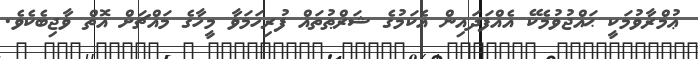
ޢުމްރާވުމަކީ ޙައްޖުވުމެކޭ އެއްފަދައިން އެކަމުގެ ޝަރްޠުތައް ފުރިހަމަވާ މީހާގެ މައްޗަށް އޮތް ވާޖިބެކެވެ.